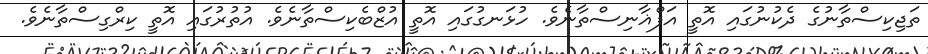
ތަޖިކިސްތާނުގެ ދެކުނުގައި އޮތީ އަފްޣާނިސްތާނެވެ. ހުޅަނގުގައި އޮތީ އުޒްބެކިސްތާނެވެ. އުތުރުގައި އޮތީ ކިރްގިސްތާނެވެ.